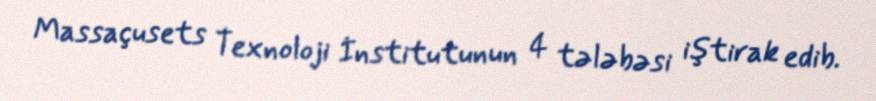
Massaçusets Texnoloji İnstitutunun 4 tələbəsi iştirak edib.